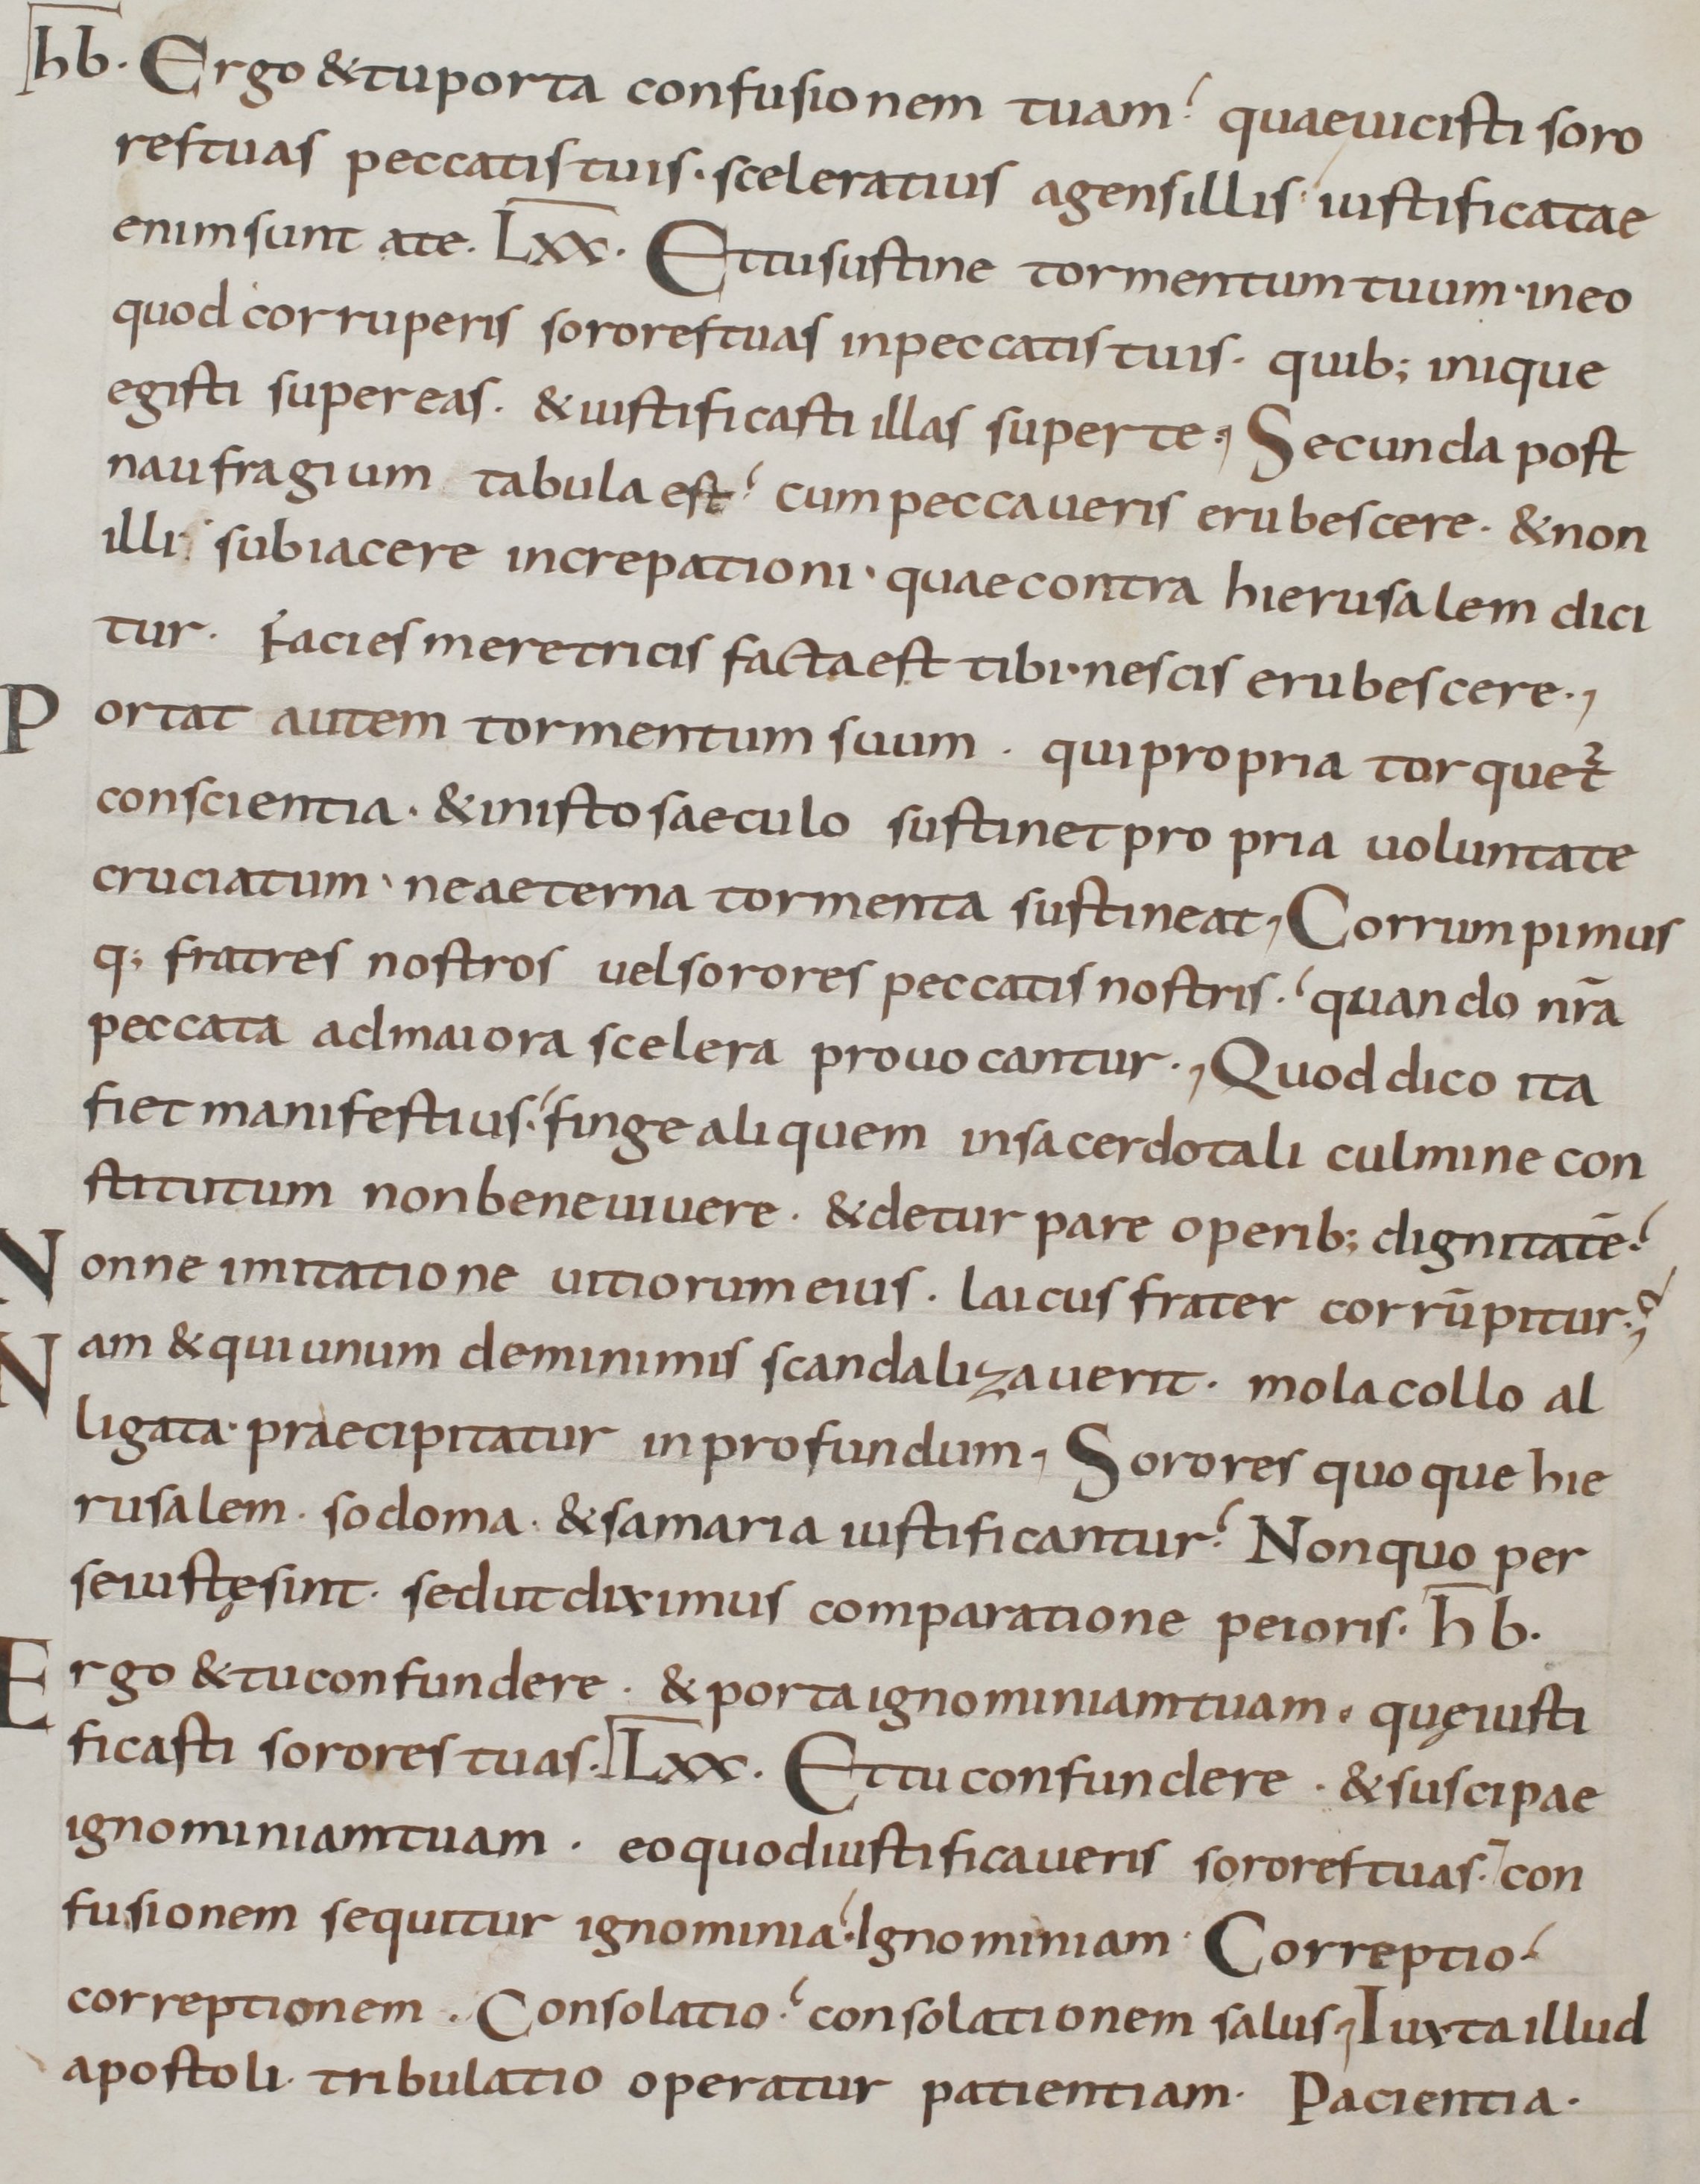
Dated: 800–899